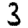
Digit: 3